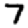
Digit: 7